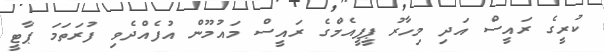
ކުރީގެ ރައީސް އަދި މިހާރު ޕީޕީއެމްގެ ރައީސް މައުމޫން އުފެއްދެވި ފުރަތަމަ ޕާޓީ